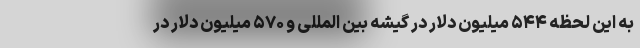
به این لحظه ۵۴۴ میلیون دلار در گیشه بین المللی و ۵۷۰ میلیون دلار در